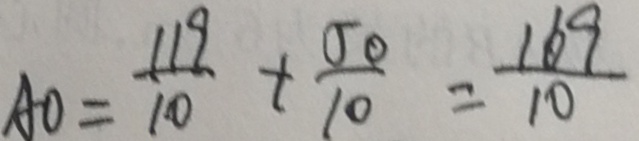
A O = \frac { 1 1 9 } { 1 0 } + \frac { 5 0 } { 1 0 } = \frac { 1 6 9 } { 1 0 }